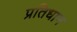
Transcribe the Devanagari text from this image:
प्रतिधान